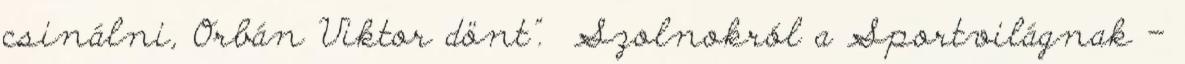
csinálni, Orbán Viktor dönt”. Szolnokról a Sportvilágnak –